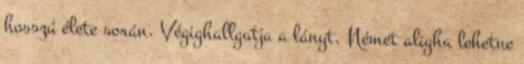
hosszú élete során. Végighallgatja a lányt. Német aligha lehetne